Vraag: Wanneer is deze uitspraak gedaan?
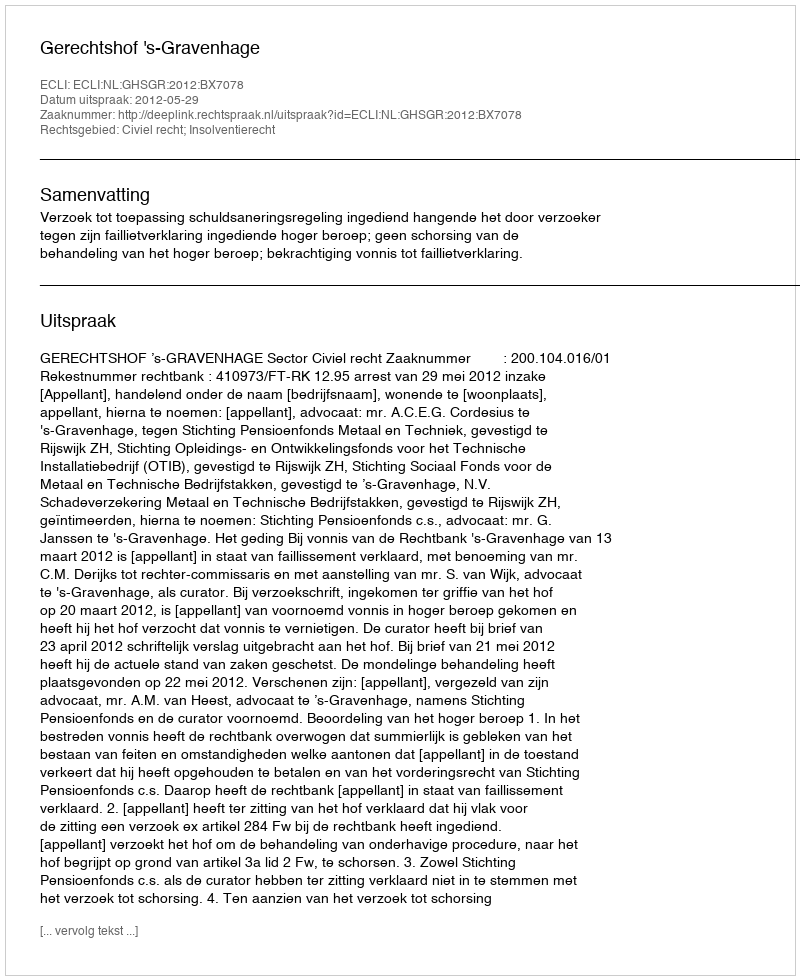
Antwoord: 2012-05-29